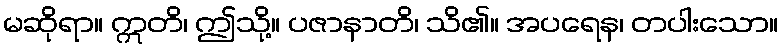
မဆိုရာ။ ဣတိ၊ ဤသို့။ ပဇာနာတိ၊ သိ၏။ အပရေန၊ တပါးသော။